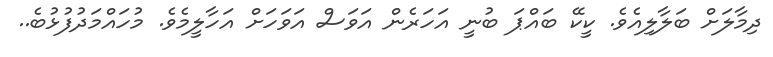
ދިމާލަށް ބަލާލިއެވެ. ކީކޭ ބައްޕަ ބުނީ އަހަރެން އަވަސް އަވަހަށް އަހާލީމެވެ. މުހައްމަދުފުޅުބެ..